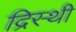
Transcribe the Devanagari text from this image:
द्रिस्थी